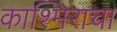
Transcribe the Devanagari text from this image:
काश्मिराचा